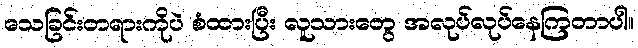
သေခြင်းတရားကိုပဲ စံထားပြီး လူသားတွေ အလုပ်လုပ်နေကြတာပါ။